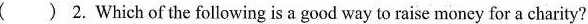
( ) 2. Which of the following is a good way to raise money for a charity?